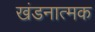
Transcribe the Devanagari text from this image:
खंडनात्मक